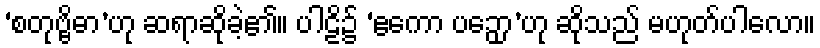
‘စတုဗ္ဗိဓာ’ဟု ဆရာဆိုခဲ့၏။ ပါဠိ၌ ‘ဧကော ပဉှော’ဟု ဆိုသည် မဟုတ်ပါလော။